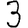
Digit: 3